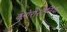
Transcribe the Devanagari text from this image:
क्लोरोस्टैनिक